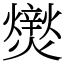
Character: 㸉